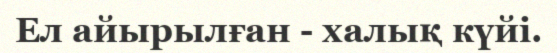
Ел айырылған - халық күйі.